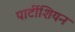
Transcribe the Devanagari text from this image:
पार्टीशियन